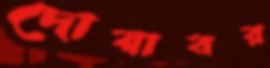
দোয়াবর